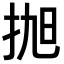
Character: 𢬐